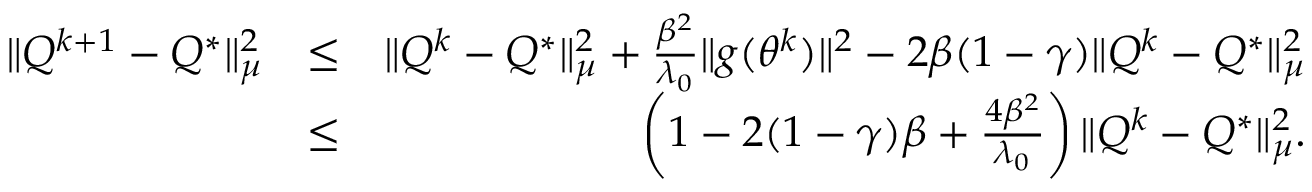
\begin{array} { r l r } { \| Q ^ { k + 1 } - Q ^ { * } \| _ { \mu } ^ { 2 } } & { \leq } & { \| Q ^ { k } - Q ^ { * } \| _ { \mu } ^ { 2 } + \frac { \beta ^ { 2 } } { \lambda _ { 0 } } \| g ( \theta ^ { k } ) \| ^ { 2 } - 2 \beta ( 1 - \gamma ) \| Q ^ { k } - Q ^ { * } \| _ { \mu } ^ { 2 } } \\ & { \leq } & { \left( 1 - 2 ( 1 - \gamma ) \beta + \frac { 4 \beta ^ { 2 } } { \lambda _ { 0 } } \right) \| Q ^ { k } - Q ^ { * } \| _ { \mu } ^ { 2 } . } \end{array}